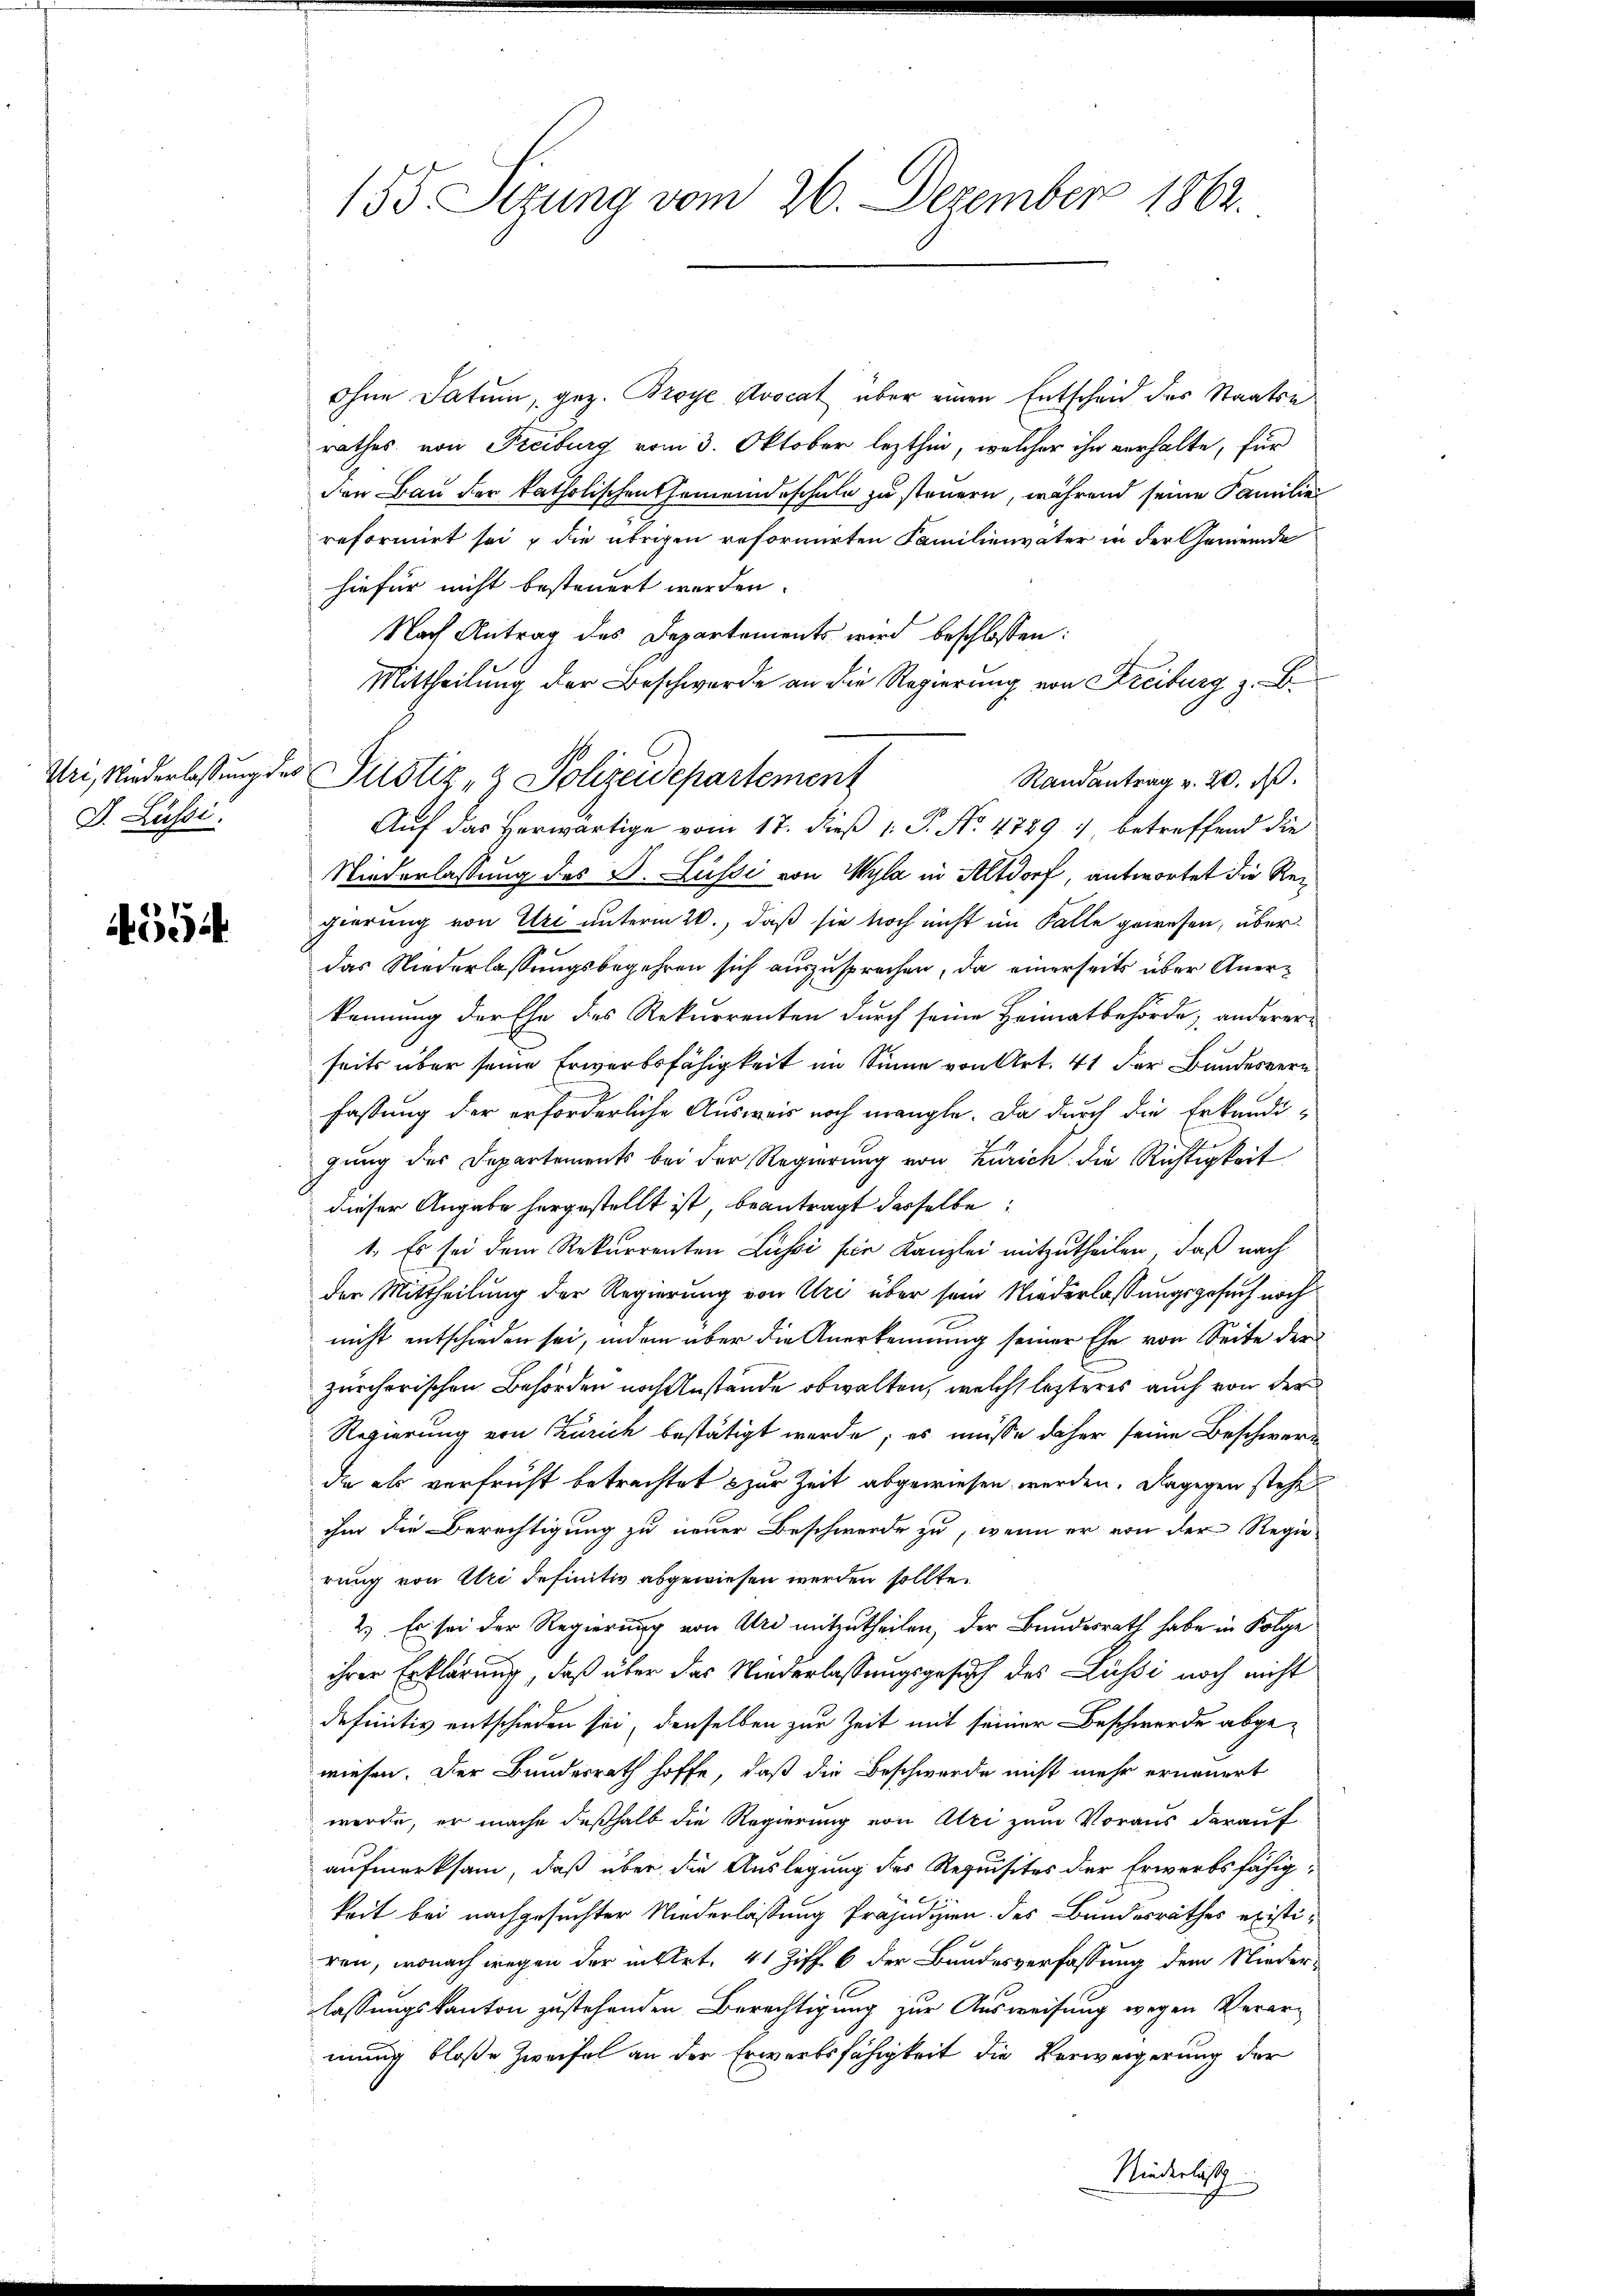
J. Lüssi

554

155 Sizung vom 26. Dezember 1862.

ohne Datum, gez. Broye Avocat über einen Entscheid des Staatse
rathes von Freiburg vom 3. Oktober lezthin, welcher ihr verhalte, für
den Bau der katholischen Gemeindeschule zu steuern, während seine Familie
reformirt sei, die übrigen reformirten Familienvater in der Gemeinde
hiefür nicht besteuert worden.
Nach Antrag des Departements wird beschlossen:
Mittheilung der Beschwerde an die Regierung von Streiburg z. B.
Uri, Niederlassung des Pustiz- & Polizeidepartement
Randantrag v. 20. d.
Auf das Herwärtige vom 17. dieß 1: P. No 4789 : betreffend die
Niederlassung des B. Lüssi von Wyla in Altdorf, antwortet die Reigierung von Uri unterm 20., daß sie noch nicht im Falle gewesen, überdas Niederlassungsbegehren sich auszusprechen, da einerseits über Anerkennung der Ehe des Rekurrenten durch seine Heimatbehörde, anderer-
seits über seine Erwerbsfähigkeit im Sinne von Art. 41 der Bundesverfassung der erforderliche Ausweis noch mangle. Da durch die Erkundigung des Departements bei der Regierung von Zürich die Richtigkeit
dieser Angabe hergestellt ist, beantragt dasselbe:
1. Es sei dem Rekurrenten Lussi für Kanzlei mitzutheilen, daß nach
der Mittheilung der Regierung von Uri über sein Niederlassungsgesuch noch
nicht entschieden sei, indem über die Anerkennung seiner Ehe von Seite der
zürcherischen Behörden nach Anstände obwalten, welche lezteres auch von der
Regierung von Zürich bestätigt werde; es müsse daher seine Beschwerda als verfrüht betrachtet zur Zeit abgewiesen werden. Dagegen stehe
ihm die Berechtigung zu neuer Beschwerde zu, wenn er von der Regie-
rung von Uri definitiv abgewiesen werden sollte.
2.) Es sei der Regierung von Atri mitzutheilen, der Bundesrath habe in Folge
ihrer Erklärung, daß über das Niederlassungsgesuch des Lussi noch nicht
definitiv entschieden sei, denselben zur Zeit mit seiner Beschwerde abgewiesen. Der Bundesrath hoffe, daß die Beschwerde nicht mehr erneuert
werde, er mache deßhalb die Regierung von Alci zum Voraus darauf
aufmerksam, daß über die Auslegung des Requisites der Erwerbsfähigkeit bei nachgesuchter Niederlassung Präjudizien des Bundesräthes existiren, wonach wegen der in Art. 41 Ziff. 6 der Bundesverfassung dem Niederlassungskanton zustehenden Berechtigung zur Ausweisung wegen Verarmung bloße Zweifel an der Erwerbsfähigkeit die Verweigerung der
Niederlass